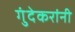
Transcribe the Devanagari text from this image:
गुंदेकरांनी